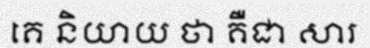
គេ និយាយ ថា គឺជា សារ